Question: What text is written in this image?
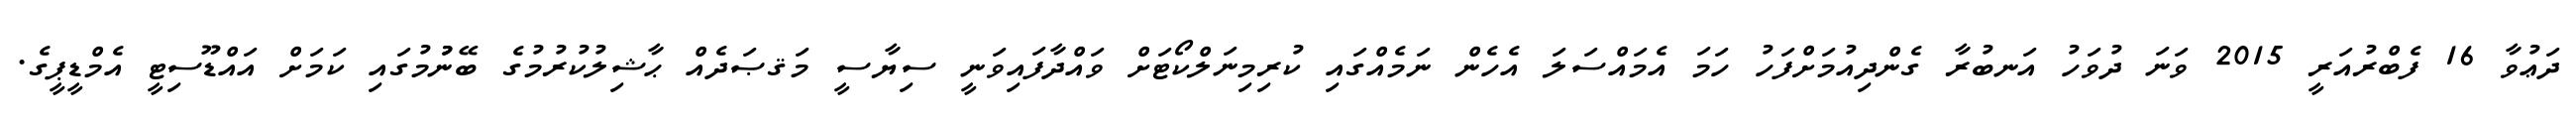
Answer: ދަޢުވާ 16 ފެބްރުއަރީ 2015 ވަނަ ދުވަހު އަނބުރާ ގެންދިއުމަށްފަހު ހަމަ އެމައްސަލަ އެހެން ނަމެއްގައި ކުރިމިނަލްކޯޓަށް ވައްދާފައިވަނީ ސިޔާސީ މަޤޞަދެއް ޙާޝިލުކުރުމުގެ ބޭނުުމުގައި ކަމަށް އައްޑޫސިޓީ އެމްޑީޕީގެ.